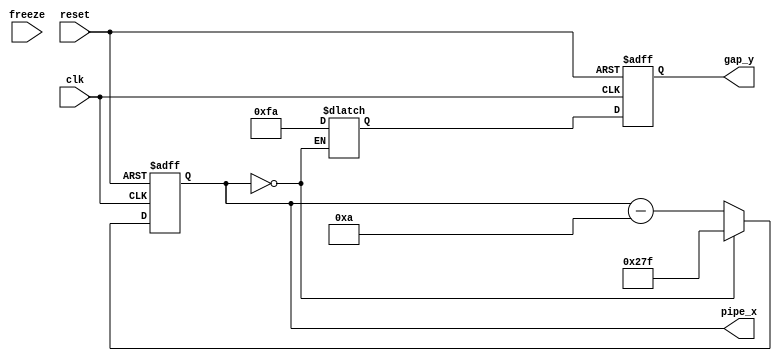
module pipe (
    input wire clk,
    input wire reset,
	 input wire freeze,
    output reg [9:0] pipe_x,
    output reg [9:0] gap_y
);
    // The pipe's horizontal position and the position of the gap
    reg [9:0] pipe_x_next, gap_y_next;

    always @(posedge clk or posedge reset) begin
	 
        if (reset) begin
            pipe_x <= 639;  // Start at the right side of the screen
            gap_y <= 240;  // Start with the gap in the middle of the screen
        end else begin
            pipe_x <= pipe_x_next;
            gap_y <= gap_y_next;
        end
    end

    always @* begin
        if (pipe_x == 0) begin
            pipe_x_next = 639;  // Reset to the right side of the screen
            gap_y_next = 250 % 480;  // Randomly generate the position of the gap
        end else begin
            pipe_x_next = pipe_x - 10;  // Move to the left
        end
    end
endmodule